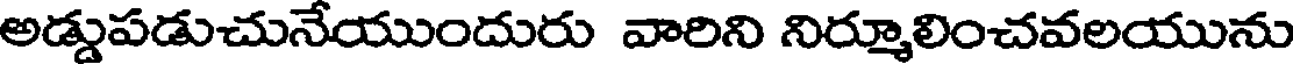
అడ్డుపడుచునేయుందురు వారిని నిర్మూలించవలయును